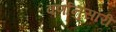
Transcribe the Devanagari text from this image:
वर्णानुसारी